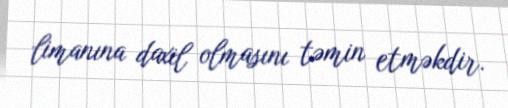
limanına daxil olmasını təmin etməkdir.